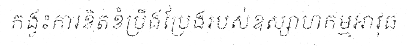
កង្វះការខិតខំប្រឹងប្រែងរបស់ឧស្សាហកម្មអាវុធ